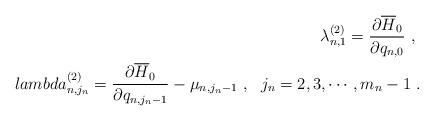
LaTeX: \begin{align*}\lambda_{n,1}^{(2)}=\frac{\partial\overline{H}_0}{\partial q_{n,0}}\ ,\ \\lambda_{n,j_n}^{(2)}=\frac{\partial\overline{H}_0}{\partial q_{n,j_n-1}}-\mu_{n,j_n-1}\ ,\ \ j_n=2,3,\cdots,m_n-1\ .\end{align*}